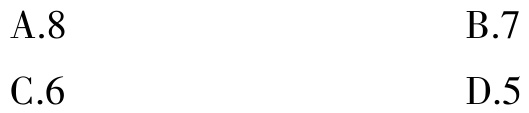
A.8
B.7
C.6
D.5